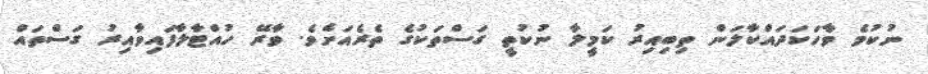
ނުކުމެ ވާހަކަދައްކާލަން ތިބިއިރު ކަމީލާ ނުކުތީ ގަސްތަކުގެ ތެރެއަށެވެ. ވާރޭ ހުއްޓާލާފައިވާއިރު ގަސްތައް